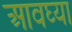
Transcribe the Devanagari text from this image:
आवघ्या